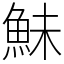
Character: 鮇